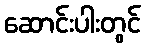
ဆောင်းပါးတွင်